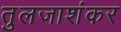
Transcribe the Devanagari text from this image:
तुलजाशंकर